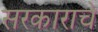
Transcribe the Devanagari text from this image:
सरकाराचे